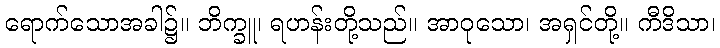
ရောက်သောအခါ၌။ ဘိက္ခူ၊ ရဟန်းတို့သည်။ အာဝုသော၊ အရှင်တို့။ ကီဒိသာ၊